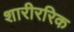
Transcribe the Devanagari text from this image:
शारीररिक